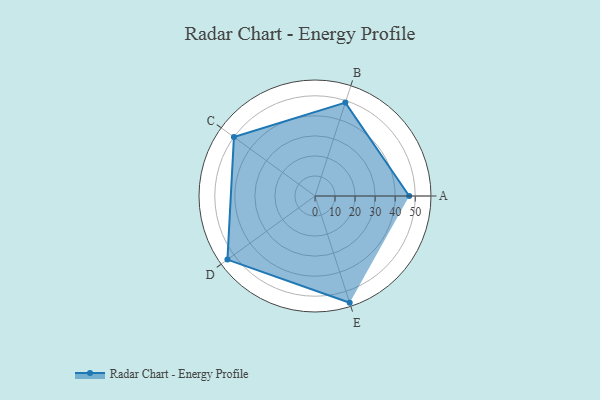
{"axis": {"x": "Skill", "y": "Score"}, "legend": ["Profile"], "data": [{"x": "A", "y": 47.0, "type": "Profile"}, {"x": "B", "y": 49.0, "type": "Profile"}, {"x": "C", "y": 50.0, "type": "Profile"}, {"x": "D", "y": 54.0, "type": "Profile"}, {"x": "E", "y": 56.0, "type": "Profile"}]}